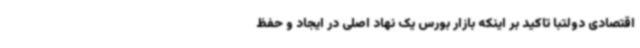
اقتصادی دولتبا تاکید بر اینکه بازار بورس یک نهاد اصلی در ایجاد و حفظ